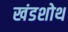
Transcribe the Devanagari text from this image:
खंडशोथ